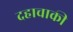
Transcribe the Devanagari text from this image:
दहाचाकी